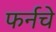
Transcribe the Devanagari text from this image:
फर्नचे